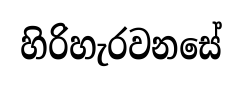
හිරිහැරවනසේ